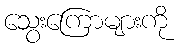
သွေးကြောများကို